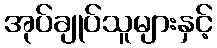
အုပ်ချုပ်သူများနှင့်